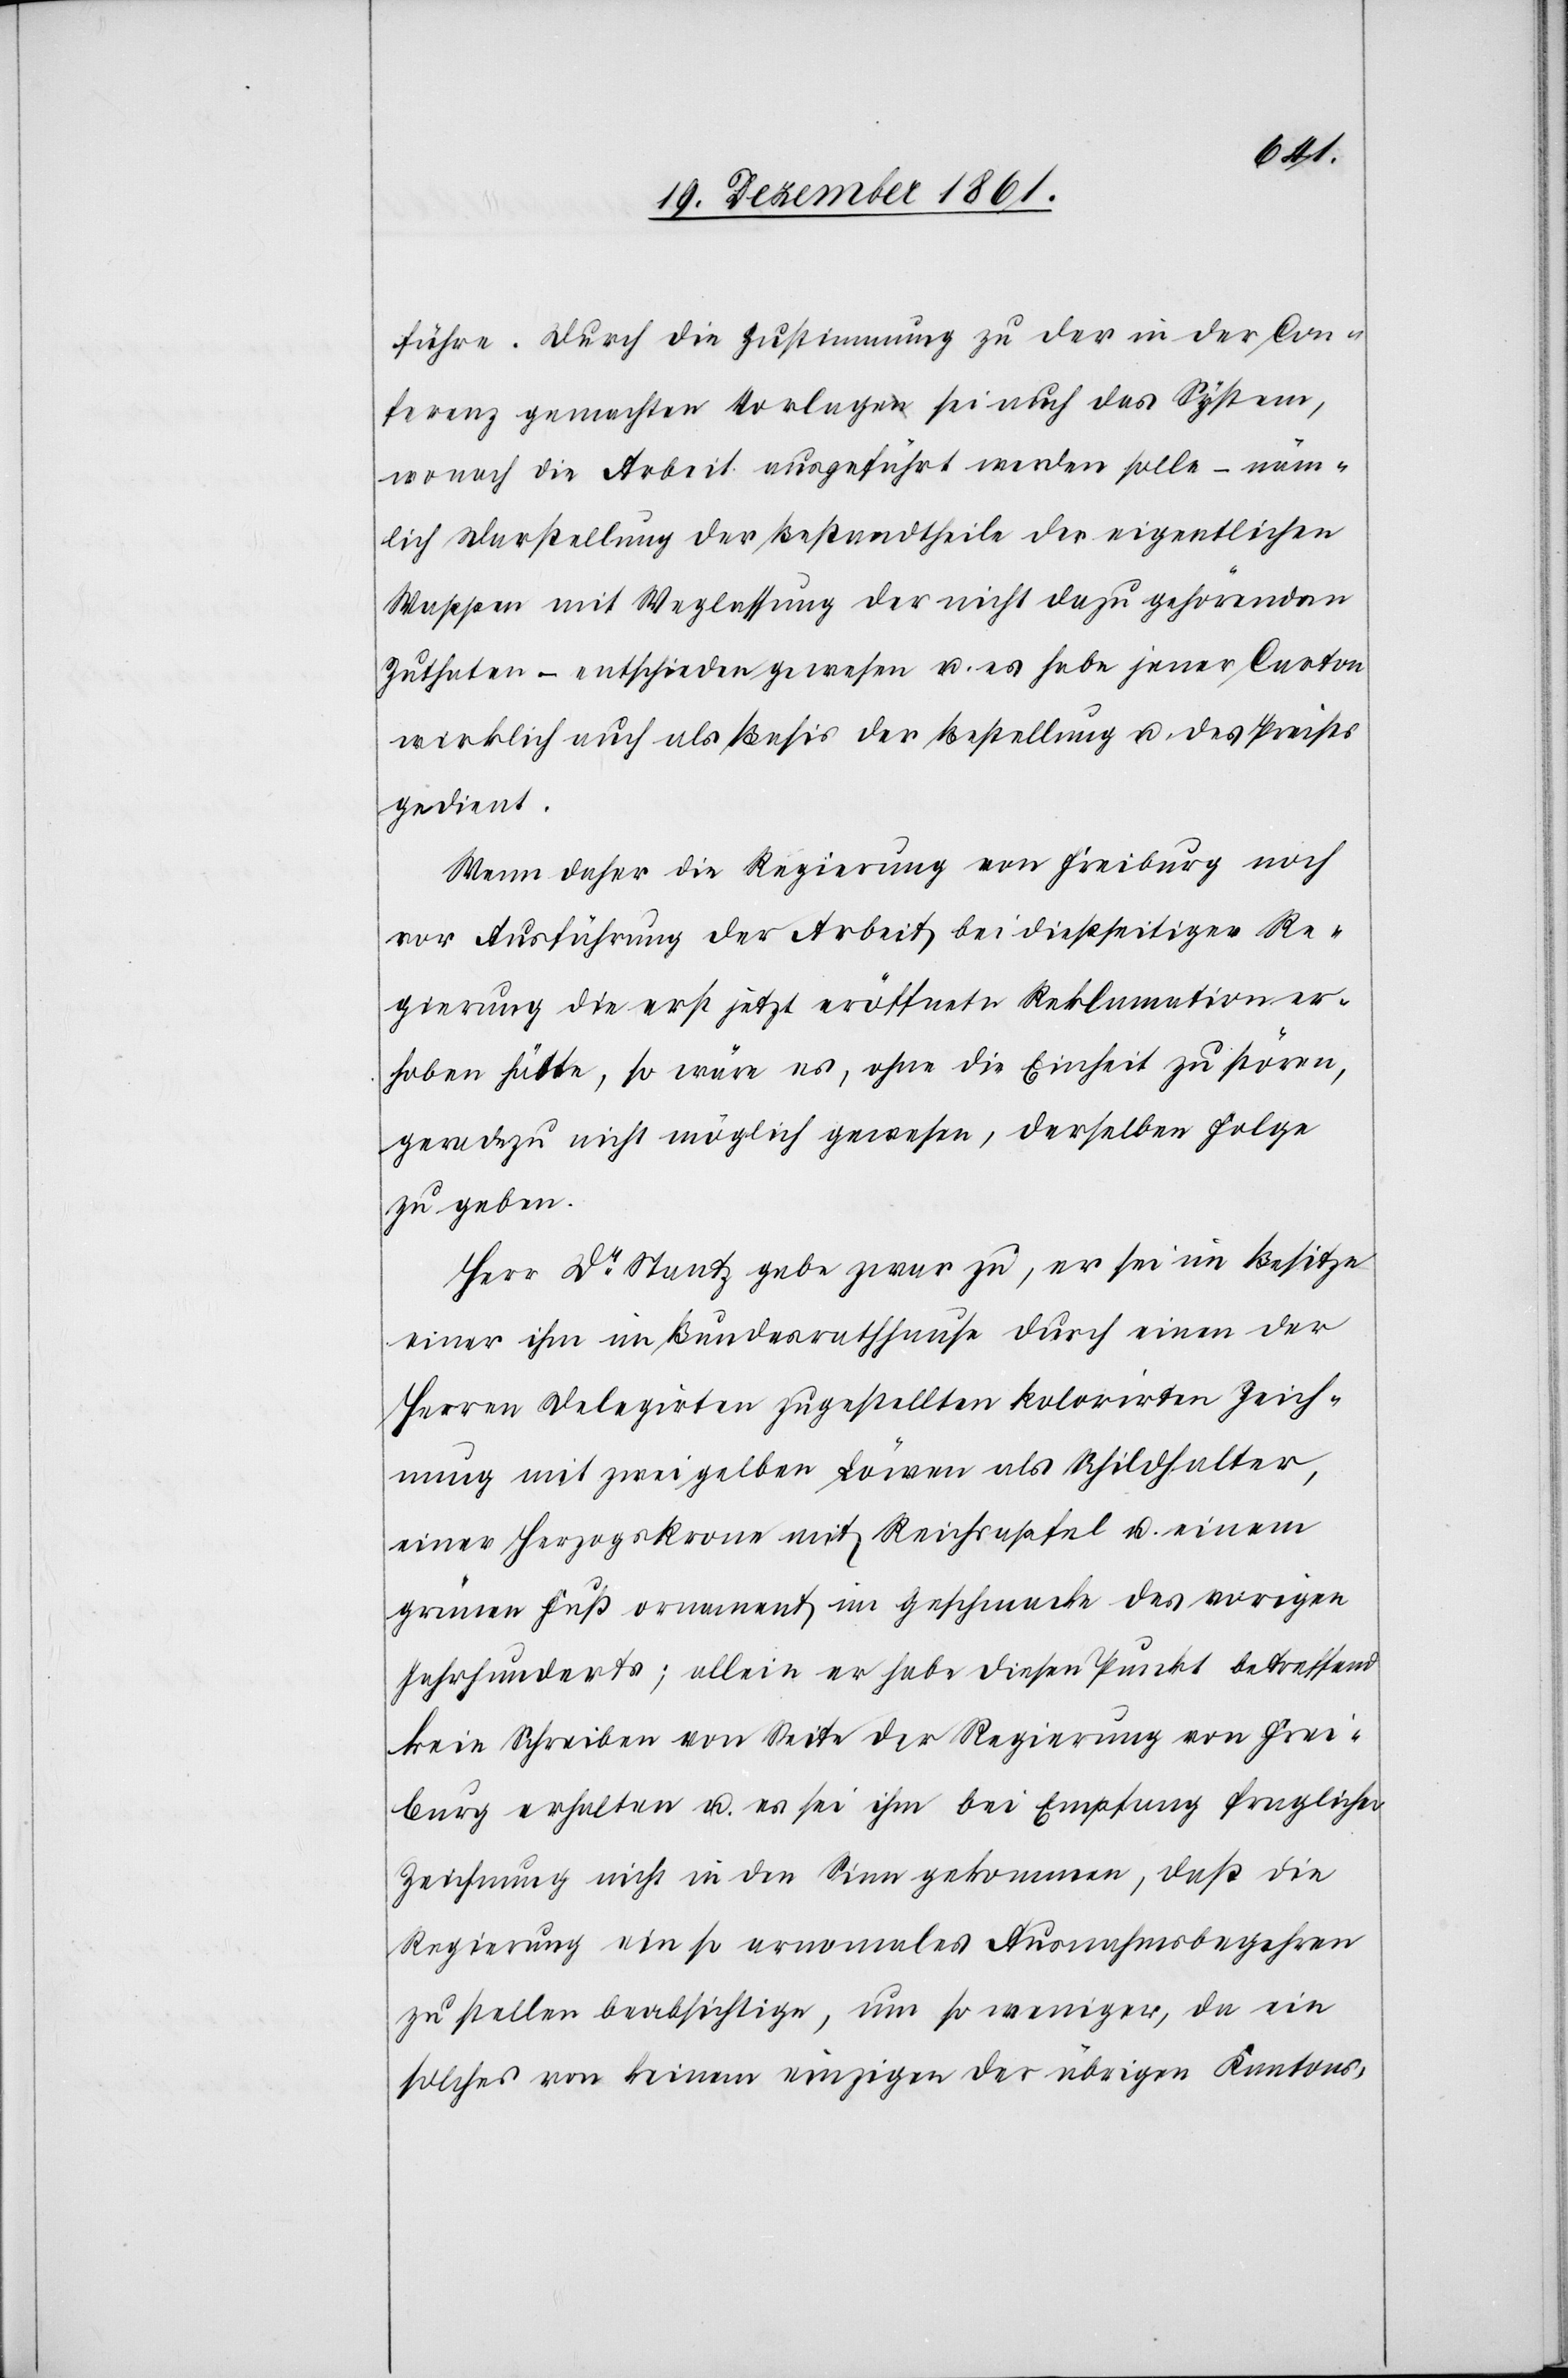
führe. Durch die Zustimmung zu der in der Con¬
ferenz gemachten Vorlage sei auch das System,
wonach die Arbeit ausgeführt werden solle – näm¬
lich Darstellung der Bestandtheile der eigentlichen
Wappen mit Weglassung der nicht dazu gehörenden
Zuthaten – entschieden u. es habe jener Carton wirklich
gedient.
Wenn daher die Regierung von Freiburg noch
vor Ausführung der Arbeit bei dießseitiger Re¬
gierung die erst jetzt eröffnete Reklamation er¬
hoben hätte, so wäre es, ohne die Einheit zu stören,
geradezu nicht möglich gewesen, derselben Folge
zu geben.
Herr Dr Stantz gebe zwar zu, er sei im Besitze
einer ihm im Bundesrathhause durch einen der
Herren Delegirten zugestellten kolorirten Zeich¬
nung mit zwei gelben Löwen als Schildhalter,
einer Herzogskrone mit Reichsapfel u. einem
grünen Fußornament im Geschmack des vorigen
Jahrhunderts; allein er habe diesen Punkt betreffend
kein Schreiben von Seite der Regierung von Frei¬
burg erhalten u. es sei ihm bei Empfang fraglicher
Zeichnung nicht in den Sinn gekommen, daß die
Regierung ein so arnomales [sic!] Ausnahmsbegehren
zu stellen beabsichtige, um so weniger, da ein
solches von keinem einzigen der übrigen Kantons-